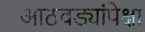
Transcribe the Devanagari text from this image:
आठवड्यांपेक्षा